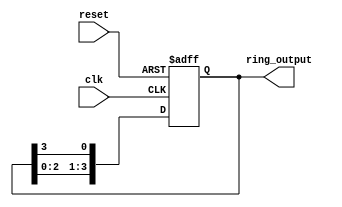
module ring_counter(
  input clk,
  input reset,
  output reg [3:0] ring_output
);

reg [3:0] ring_reg;

always @(posedge clk or posedge reset) begin
  if(reset) begin
    ring_reg <= 4'b0001;
  end else begin
    ring_reg <= {ring_reg[2:0], ring_reg[3]};
  end
end

assign ring_output = ring_reg;

endmodule